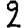
Digit: 2